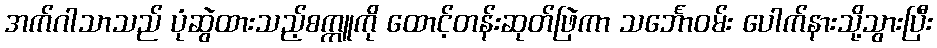
အက်ဂါသာသည် ပုံဆွဲထားသည့်စက္ကူကို ထောင့်တန်းဆုတ်ဖြဲကာ သင်္ဘောဝမ်း ပေါက်နားသို့သွားပြီး